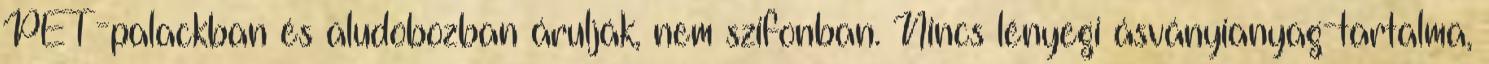
PET-palackban és aludobozban árulják, nem szifonban. Nincs lényegi ásványianyag-tartalma,